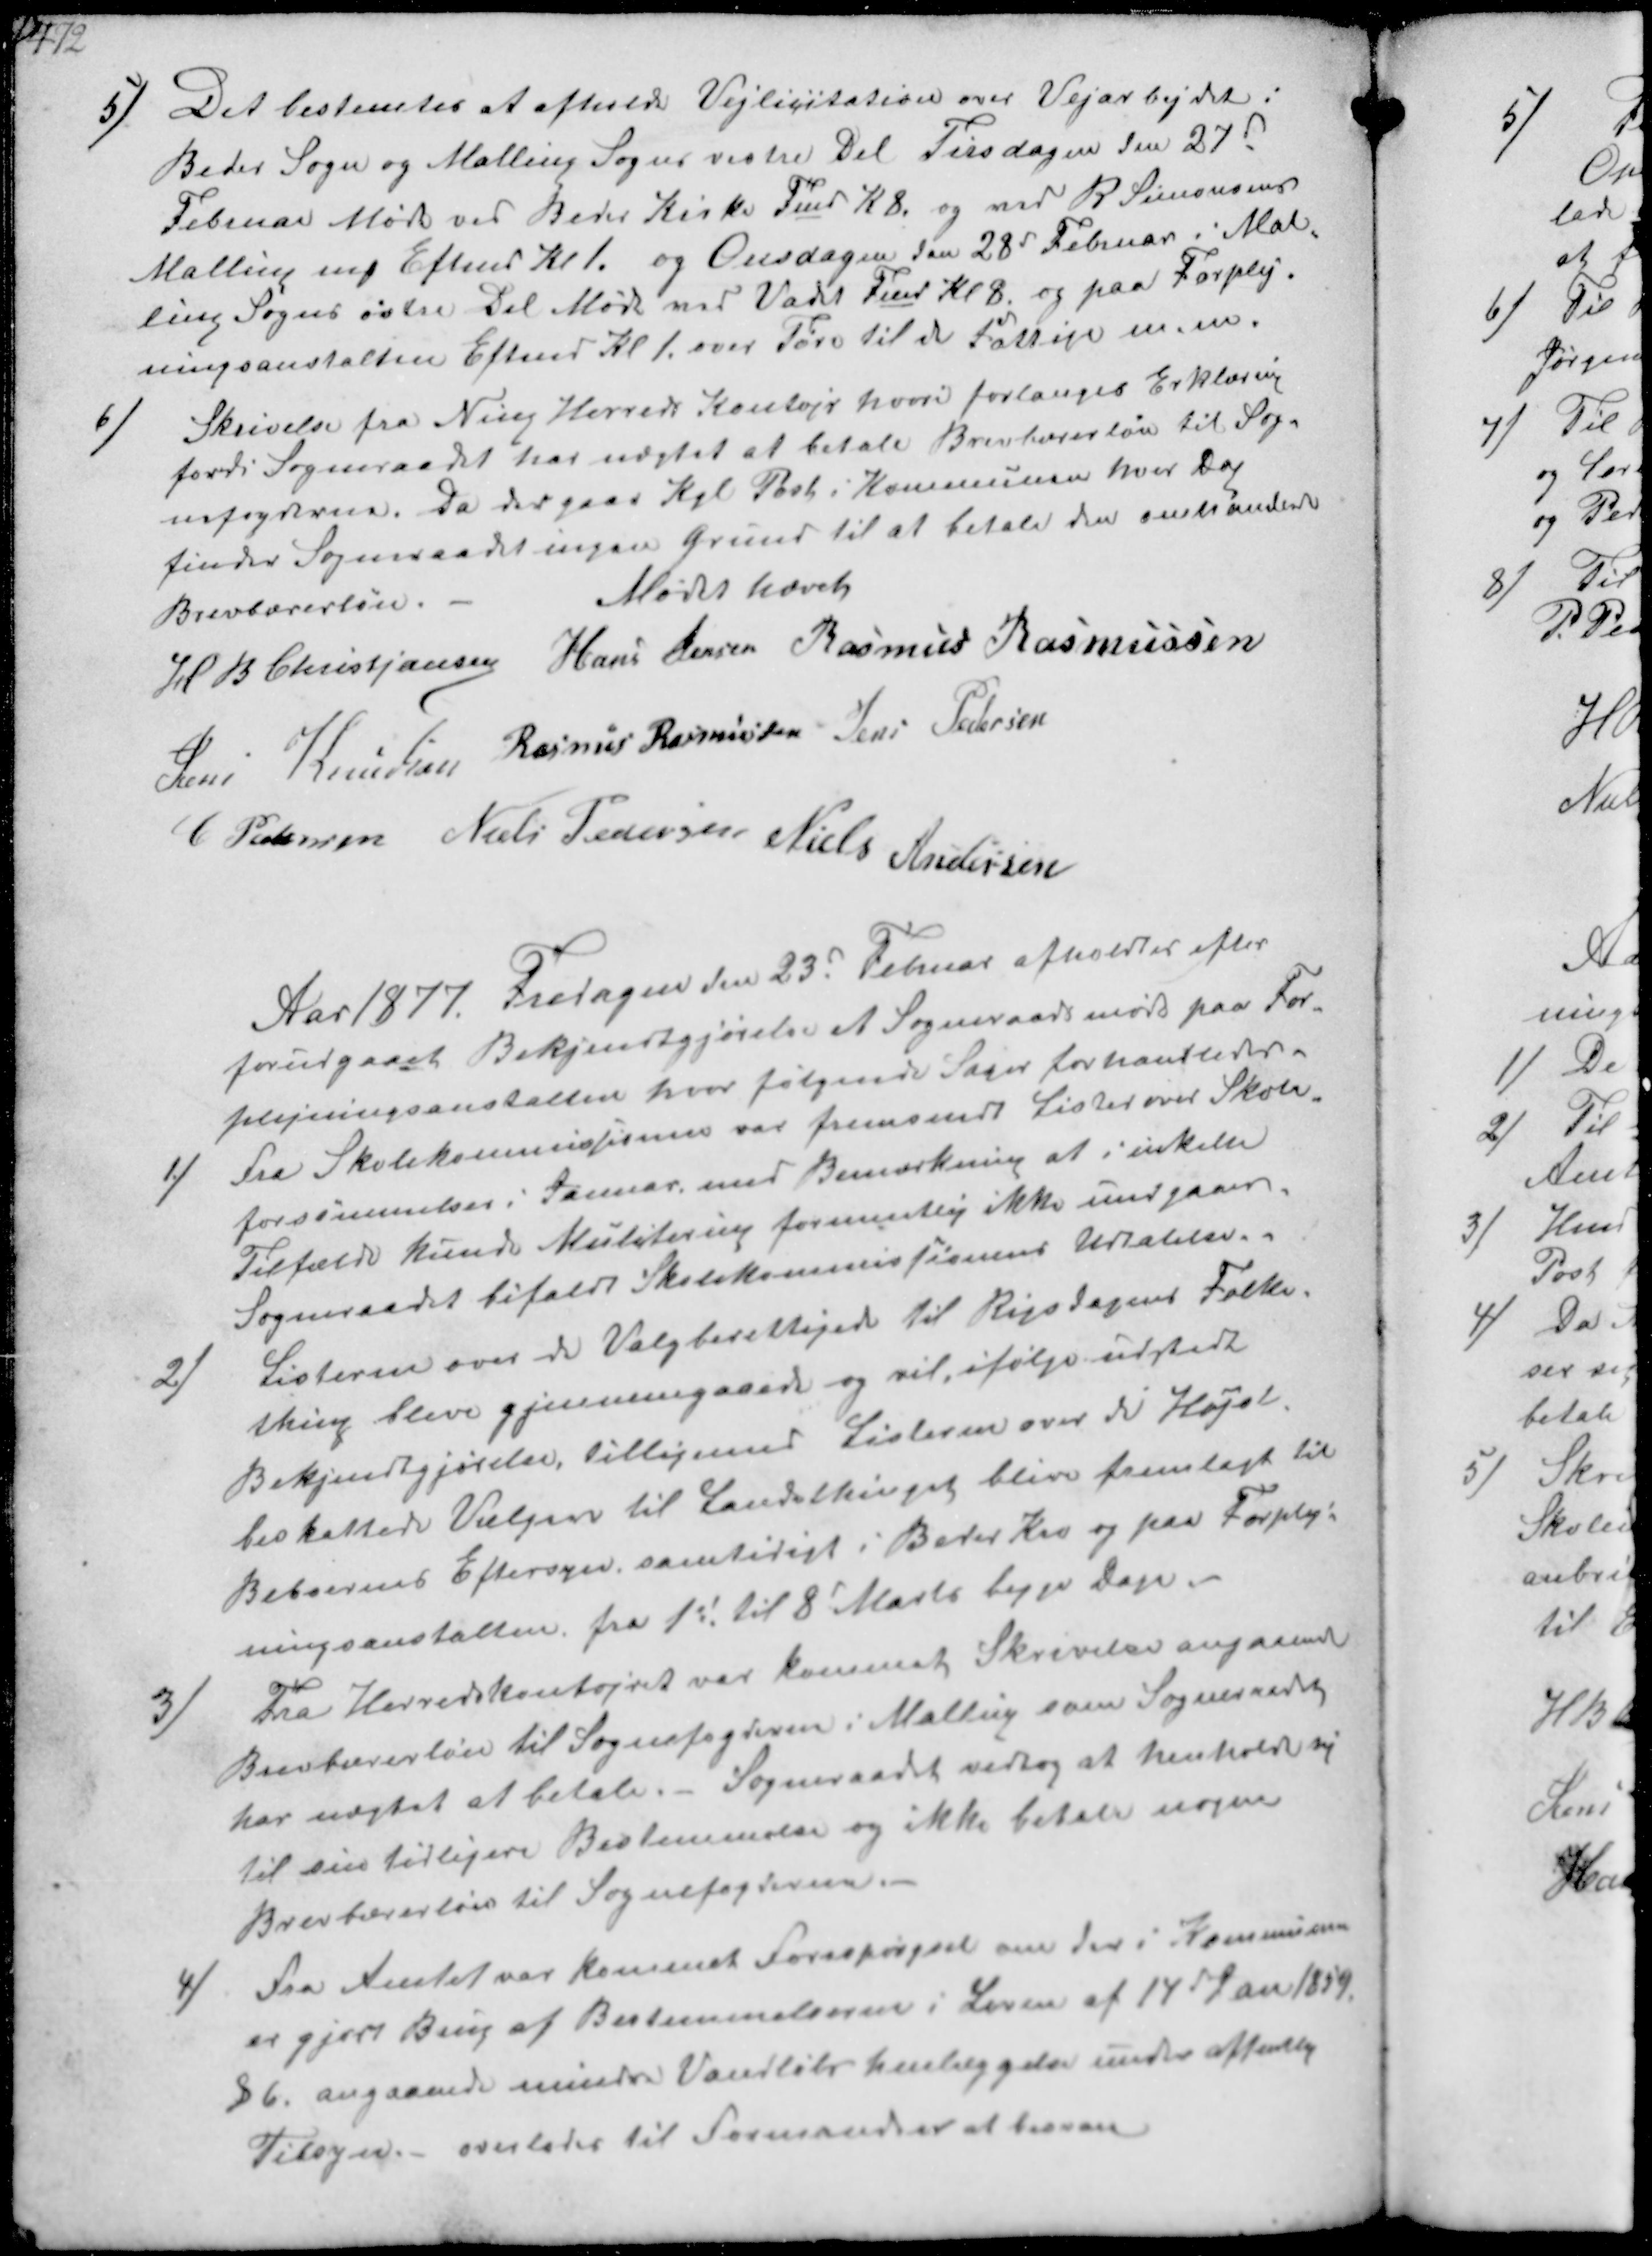
Transskription:
5/ Det bestemtes at afholde Vejlicitation over Vejarbejdet i
Beder Sogn og Malling Sogns vestre Del Tirsdagen den 27d
Februar Møde ved Beder Kirke Fmd K 8 og ved R Simonsens
Malling ₻ Eftermd Kl 1. og Onsdagen dan 28d Februar i Mal-
ling Sogns østre Del Møde ved Vadet Fmd Kl 8 og paa Forplej-
ningsanstalten Eftmd Kl 1 over Tørv til de Fattige m.m.

6/
Skrivelse fra Ning Herreds Kontor hvori forlanges Erklæring
fordi Sogneraadet har nægtet at betale Brevbærerløn til Sog-
fogderne Da der gaas Kgl Post i Kommunen hver dag
finder Sogneraadet ingen Grund til at betale den omhandlede
Brevbærerløn.
Mødet hævet
H B Christjansen Hans Jensen Rasmus Rasmussen
Jens Knudsen Rasmus Rasmussen Jens Pedersen
C Pedersen Niels Pedersen Niels Andersen

Aar 1877 Fredagen den 23d Februar afholdtes efter
forudgaaet Bekjendtgjørelse et Sogneraadsmøde paa For-
plejningsanstalten hvor følgende Sager forhandledes.
1/
fra Skolekommissionen var fremsendt Lister ved Skole-
forsømmelser i Januar med Bemærkning at i enkelte
Tilfælde kunde Mulktering formentlig ikke undgaas.
Sogneraadet bifaldt Skolekommissionens Udtalelse

2/
Listerne over de Valgberettigede til Rigsdagens Folke-
thing bleve gjennemgaaede og vil ifølge udsendt
Bekjendtgjørelse, tillige med Listerne over de Højst-
beskattede Vælgere til Landsthinget blive fremlagt til
Beboernes Eftersyn samtidigt i Beder Kro og paa Forplej-
ningsanstalten fra 1s til 8d Marts begge Dage

3/
Fra Herredskontorret var kommet Skrivelse angaaende
Brevbærerløn til Sognefogderne i Malling som Sogneraadet
har nægtet at betale.- Sogneraadet vedtog at henholde sig
til sin tidligere Bestemmelse og ikke betale nogen
Brevbærerløn til Sognefogderne.

4/
Fra Amtet var kommet Forespørgsel om der i Kommunen
er gjort Brug af Bestemmelserne i Loven af 14d Jan 1859.
§6. angaaende mindre Vandløb henlæggelse under offanlig
Tilsyn- overlades til Formanden at besvare